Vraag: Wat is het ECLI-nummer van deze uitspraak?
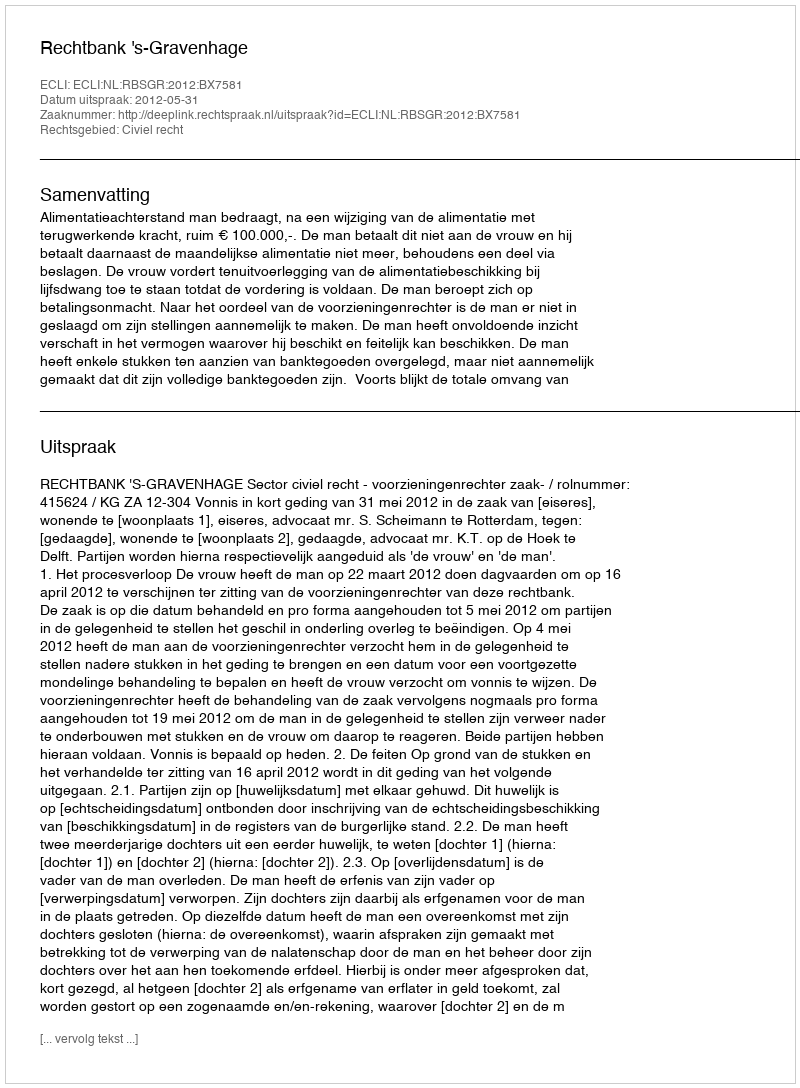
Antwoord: ECLI:NL:RBSGR:2012:BX7581